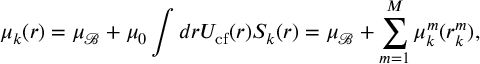
\mu _ { k } ( r ) = \mu _ { \mathcal { B } } + \mu _ { 0 } \int d \boldsymbol { r } U _ { \mathrm { c f } } ( r ) S _ { k } ( \boldsymbol { r } ) = \mu _ { \mathcal { B } } + \sum _ { m = 1 } ^ { M } \mu _ { k } ^ { m } ( \boldsymbol { r } _ { k } ^ { m } ) ,